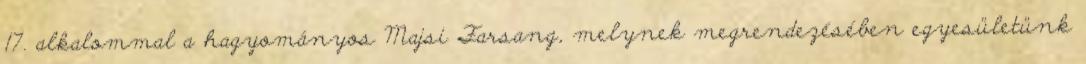
17. alkalommal a hagyományos Majsi Farsang, melynek megrendezésében egyesületünk